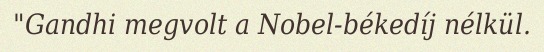
"Gandhi megvolt a Nobel-békedíj nélkül.